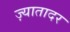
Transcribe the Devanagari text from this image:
ज़्यातादर